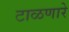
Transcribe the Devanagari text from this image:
टाळणारे